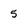
Character: 5